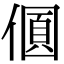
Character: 𠎡